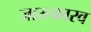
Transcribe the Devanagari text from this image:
जारत्कारव